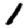
Digit: 1